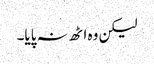
لیکن وہ اٹھ نہ پایا۔